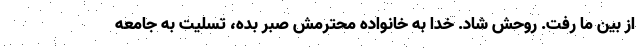
از بین ما رفت. روحش شاد. خدا به خانواده محترمش صبر بده، تسلیت به جامعه